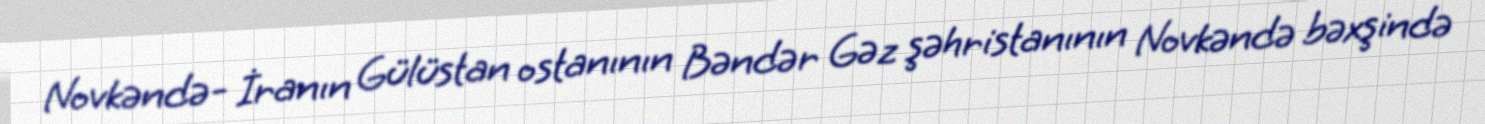
Novkəndə- İranın Gülüstan ostanının Bəndər Gəz şəhristanının Novkəndə bəxşində